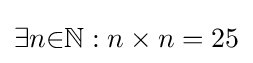
\exists {n}{\in }\mathbb {N} :n\times n=25